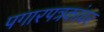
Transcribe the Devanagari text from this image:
पगारपत्रकांवर